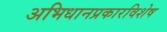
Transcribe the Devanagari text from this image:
अभिधानप्रकारविशेष